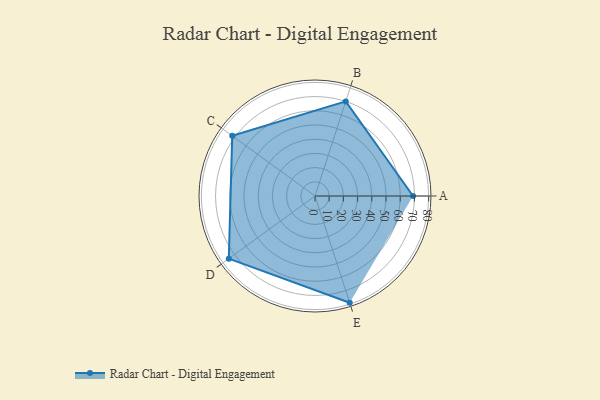
{"axis": {"x": "Skill", "y": "Score"}, "legend": ["Profile"], "data": [{"x": "A", "y": 69.0, "type": "Profile"}, {"x": "B", "y": 70.0, "type": "Profile"}, {"x": "C", "y": 72.0, "type": "Profile"}, {"x": "D", "y": 75.0, "type": "Profile"}, {"x": "E", "y": 79.0, "type": "Profile"}]}